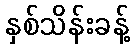
နှစ်သိန်းခန့်